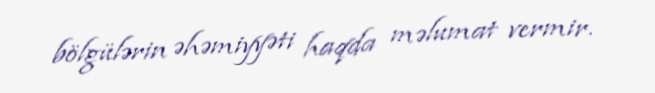
bölgülərin əhəmiyyəti haqda məlumat vermir.